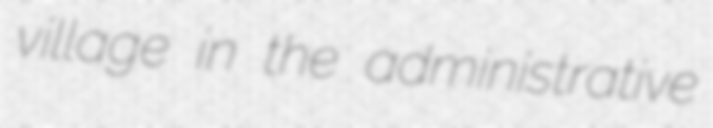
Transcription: village in the administrative